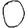
Digit: 0